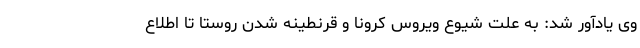
وی یادآور شد: به علت شیوع ویروس کرونا و قرنطینه شدن روستا تا اطلاع